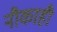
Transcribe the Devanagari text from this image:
नौकाही